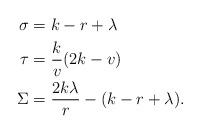
LaTeX: \begin{align*}\sigma &= k-r+\lambda \\\tau &= \frac{k}{v}(2k-v) \\\Sigma &= \frac{2k\lambda}{r} - (k-r+\lambda).\end{align*}